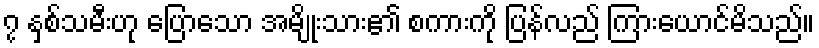
၇ နှစ်သမီးဟု ပြောသော အမျိုးသား၏ စကားကို ပြန်လည် ကြားယောင်မိသည်။